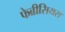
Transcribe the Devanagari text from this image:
फेब्रीसियस